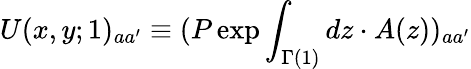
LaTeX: U(x,y;1)_{aa^{\prime}}\equiv(P\exp\int_{\Gamma(1)}dz\cdot A(z))_{aa^{\prime}}